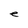
Character: e